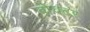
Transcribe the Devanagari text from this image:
वोचटर